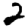
Digit: 2